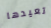
تعيدها